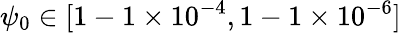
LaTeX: \psi_{0}\in[1-1\times 10^{-4},1-1\times 10^{-6}]